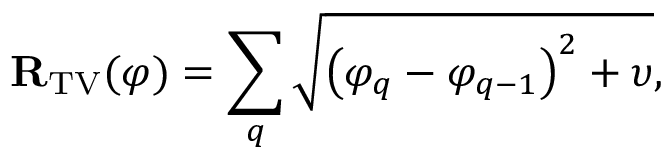
\mathbf { R } _ { \mathrm { T V } } ( \varphi ) = \sum _ { q } \sqrt { \left( \varphi _ { q } - \varphi _ { q - 1 } \right) ^ { 2 } + \upsilon } ,